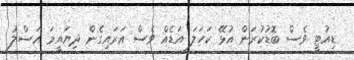
ޑިއުޓީ ވެސް ބޮޑުކުރަން އުޅޭ ކަހަލަ އަޑެއް ވެސް އަރައިގެން ދިޔައީމަ އަސްލު